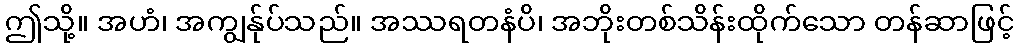
ဤသို့။ အဟံ၊ အကျွန်ုပ်သည်။ အဿရတနံပိ၊ အဘိုးတစ်သိန်းထိုက်သော တန်ဆာဖြင့်